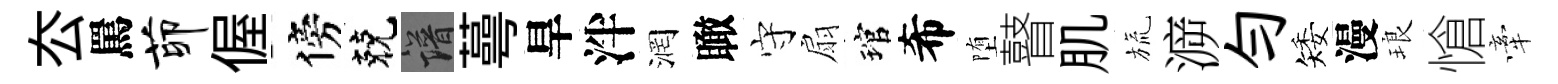
厺罵茆偓傍兢譜蕚旱泮润瞰守扇琯希堕瞽肌旒㴑勻矮漫琅愴牽